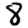
Digit: 8